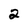
Character: 2